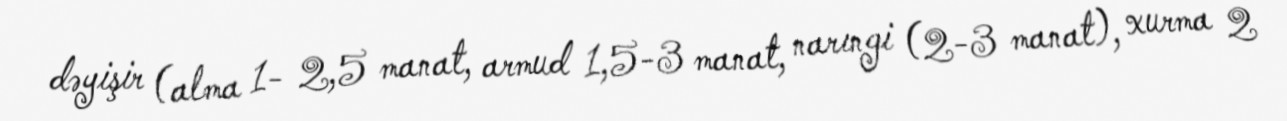
dəyişir (alma 1- 2,5 manat, armud 1,5-3 manat, narıngi (2-3 manat), xurma 2